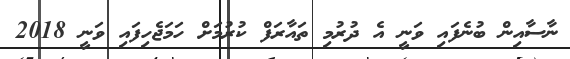
ނާސާއިން ބުނެފައި ވަނީ އެ ދުރުމި ތައާރަފް ކުރުމަށް ހަމަޖެހިފައި ވަނީ 2018